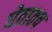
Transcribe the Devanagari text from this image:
घेतातच